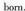
bom